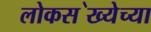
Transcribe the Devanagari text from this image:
लोकस॓ख्येच्या